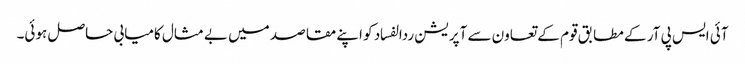
آئی ایس پی آر کے مطابق قوم کے تعاون سے آپریشن ردالفساد کو اپنے مقاصد میں بے مثال کامیابی حاصل ہوئی۔